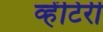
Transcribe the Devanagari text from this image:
व्हेंटिरी